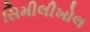
સિમીલીખોલ